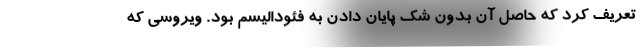
تعریف کرد که حاصل آن بدون شک پایان دادن به فئودالیسم بود. ویروسی که